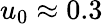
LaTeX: u_{0}\approx 0.3